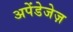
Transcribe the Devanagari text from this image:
अपेंडेजेज़